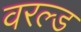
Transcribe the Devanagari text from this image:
वरल्ड